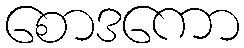
စောဒကော